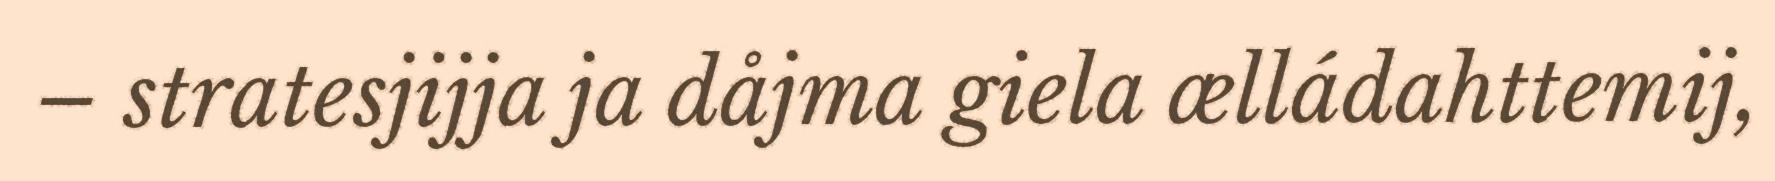
– stratesjijja ja dåjma giela ælládahttemij,